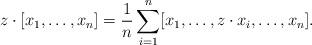
LaTeX: \begin{align*} z\cdot [x_1 ,\ldots, x_n]= \frac{1}{n} \sum\limits_{i=1}^n [x_1,\ldots, z\cdot x_i, \ldots, x_n]. \end{align*}